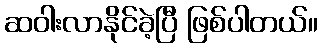
ဆဝါးလာနိုင်ခဲ့ပြီ ဖြစ်ပါတယ်။